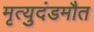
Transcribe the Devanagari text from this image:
मृत्युदंडमौत